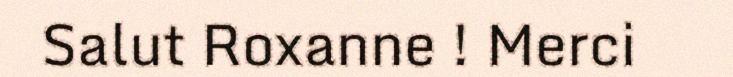
Salut Roxanne ! Merci